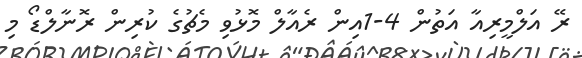
ރޭ އަލްމީރިއާ އަތުން 4-1އިން ރެއާލް މޮޅުވި މެޗުގެ ކުރިން ރޮނާލްޑޯ މި